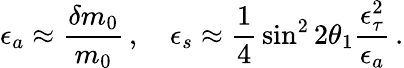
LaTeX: \epsilon_{a}\approx{\frac{\delta m_{0}}{m_{0}}}\, ,\quad\epsilon_{s}\approx{\frac{1}{4}}\sin^{2}2\theta_{1}{\frac{\epsilon_{\tau}^{2}}{\epsilon_{a}}}\, .